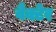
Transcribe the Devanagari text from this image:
वैक्टेर